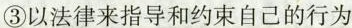
③以法律来指导和约束自己的行为